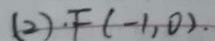
( 2 ) \cdot F ( - 1 , 0 ) .